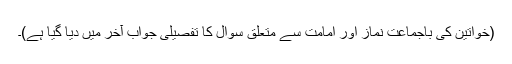
(خواتین کی باجماعت نماز اور امامت سے متعلق سوال کا تفصیلی جواب آخر میں دیا گیا ہے)۔